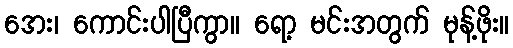
အေး၊ ကောင်းပါပြီကွာ။ ရော့ မင်းအတွက် မုန့်ဖိုး။